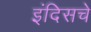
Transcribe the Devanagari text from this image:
इंदिसचे